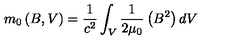
m _ { 0 } \left( B , V \right) = \frac { 1 } { c ^ { 2 } } \int _ { V } \frac { 1 } { 2 \mu _ { 0 } } \left( B ^ { 2 } \right) d V